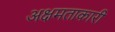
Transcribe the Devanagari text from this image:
अक्षमताकारी